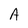
Character: A